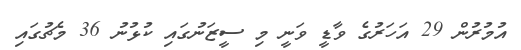
އުމުރުން 29 އަހަރުގެ ވާޑީ ވަނީ މި ސީޒަނުގައި ކުޅުނު 36 މެޗުގައި